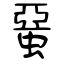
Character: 蝁